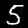
Label: 5